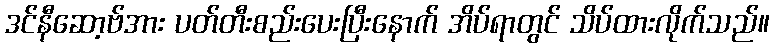
ဒင်နီဆော့ဗ်အား ပတ်တီးစည်းပေးပြီးနောက် အိပ်ရာတွင် သိပ်ထားလိုက်သည်။